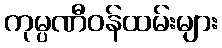
ကုမ္ပဏီဝန်ထမ်းများ